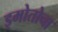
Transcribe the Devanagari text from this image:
इमोतोचा